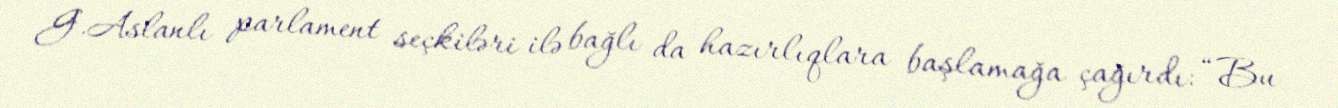
G.Aslanlı parlament seçkiləri ilə bağlı da hazırlıqlara başlamağa çağırdı: “Bu